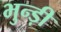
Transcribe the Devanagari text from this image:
भुन्ड़ी